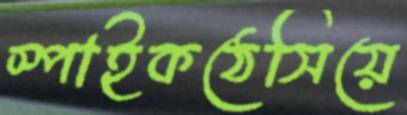
স্পাইকঠেসিয়ে